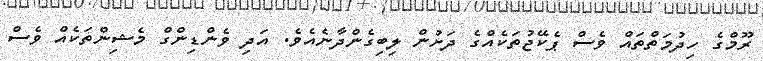
ރޫމްގެ ހިދުމަތްތައް ވެސް ޕެކޭޖުތަކެއްގެ ދަށުން ލިބިގެންދާނެއެވެ. އަދި ވެންޑިންގް މެޝިންތަކެއް ވެސް